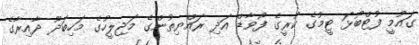
ގައުމީ ފުޓްބޯޅަ ޓީމުގެ ކުރީގެ ފޯވާޑް އަދި ރައްޔިތުންގެ މަޖިލީހުގެ މަހިބަދޫ ދާއިރާގެ